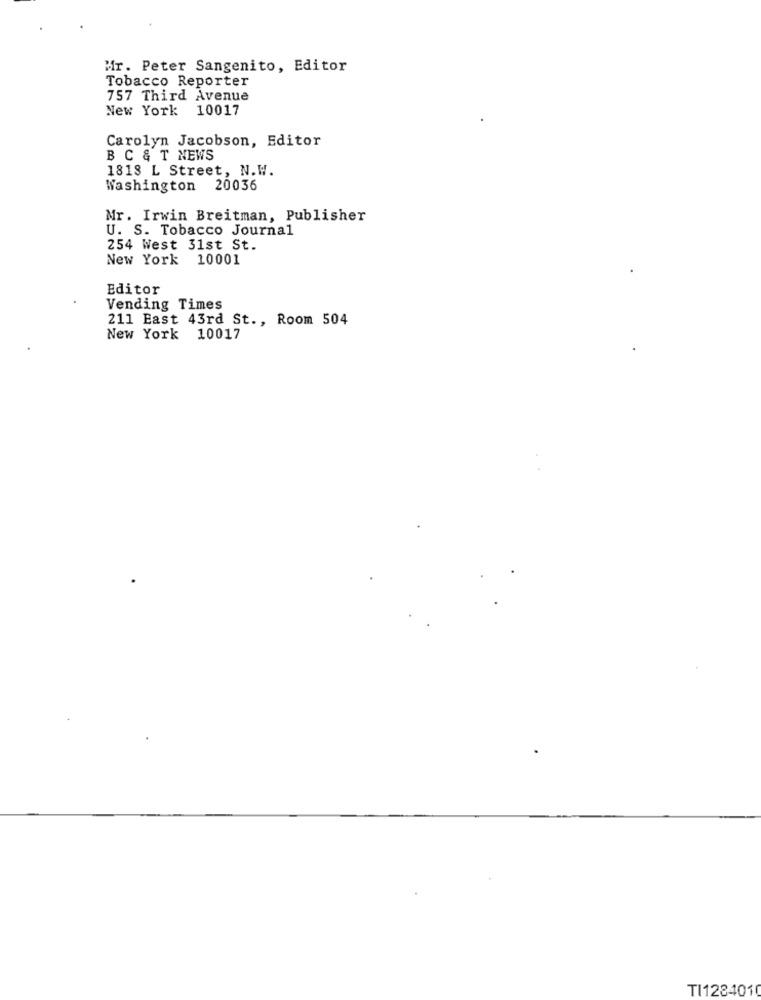
Mr. Peter Sangenito, Editor
Tobacco Reporter
757 Third Avenue
New York 10017
Carolyn Jacobson, Editor
B C & T NEWS
1818 L Street, N.W.
Washington 20036
Mr. Irwin Breitman, Publisher
U. S. Tobacco Journal
254 West 31st St.
New York
10001
Editor
Vending Times
211 East 43rd St ., Room 504
New York 10017
TI1284010